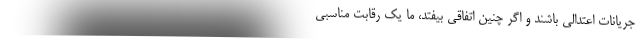
جریانات اعتدالی باشند و اگر چنین اتفاقی بیفتد، ما یک رقابت مناسبی